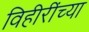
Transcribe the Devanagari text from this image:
विहीरींच्या